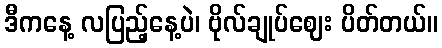
ဒီကနေ့ လပြည့်နေ့ပဲ၊ ဗိုလ်ချုပ်ဈေး ပိတ်တယ်။